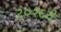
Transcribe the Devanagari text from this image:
२०१६चे